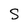
Character: S